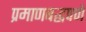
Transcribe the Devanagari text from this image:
प्रमाणबद्धपणे